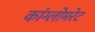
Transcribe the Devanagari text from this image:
कांग्लोमरेट